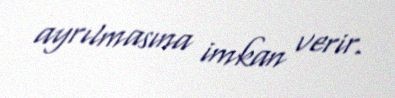
ayrılmasına imkan verir.